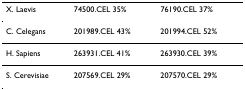
<table><thead><tr><td><b>X. Laevis</b></td><td><b>74500.CEL 35%</b></td><td><b>76190.CEL 37%</b></td></tr></thead><tbody><tr><td>C. Celegans</td><td>201989.CEL 43%</td><td>201994.CEL 52%</td></tr><tr><td>H. Sapiens</td><td>263931.CEL 41%</td><td>263930.CEL 39%</td></tr><tr><td>S. Cerevisiae</td><td>207569.CEL 29%</td><td>207570.CEL 29%</td></tr></tbody></table>